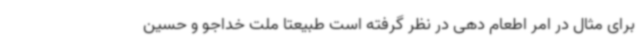
برای مثال در امر اطعام دهی در نظر گرفته است طبیعتا ملت خداجو و حسین